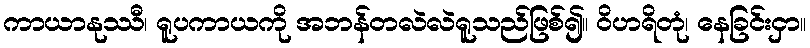
ကာယာနုဿီ၊ ရူပကာယကို အဘန်တလဲလဲရူသည်ဖြစ်၍။ ဝိဟရိတုံ၊ နေခြင်းငှာ။